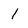
Character: 1